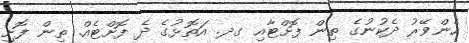
ހެންވޭރު ދެކުނުގެ ތިން ފޮށްޓާއި ގދ. އަތޮޅުގެ ދެ ފޮށްޓެއް. ތިން ފޮށި